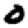
Digit: 0